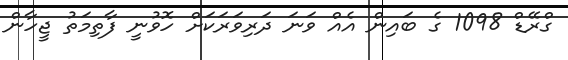
ގްރޭޑް 1098 ގެ ބައިން އެއް ވަނަ ދަރިވަރަކަށް ހޮވުނީ ފާތިމަތު ޖީހާން